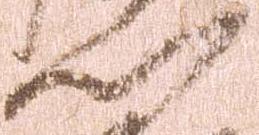
門